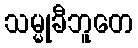
သမ္မုခီဘူတေ